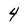
Character: 4